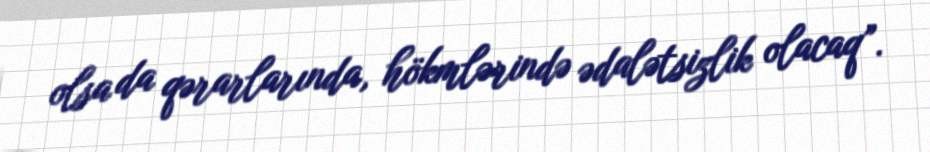
olsa da qərarlarında, hökmlərində ədalətsizlik olacaq”.